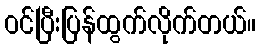
ဝင်ပြီးပြန်ထွက်လိုက်တယ်။